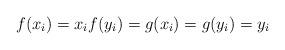
LaTeX: \begin{align*}f(x_{i}) = x_{i} f(y_{i}) = g(x_{i}) = g(y_{i}) = y_{i}\end{align*}